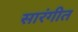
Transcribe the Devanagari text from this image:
सारंगीत